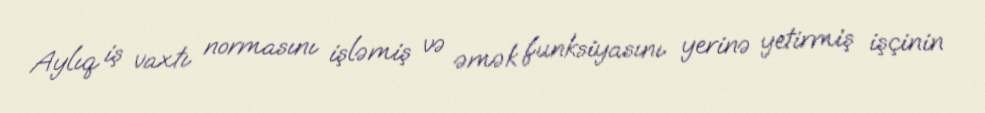
Aylıq iş vaxtı normasını işləmiş və əmək funksiyasını yerinə yetirmiş işçinin